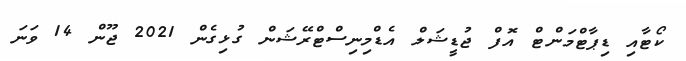
ކޯޓާއި ޑިޕާޓްމަންޓް އޮފް ޖުޑީޝަލް އެޑްމިނިސްޓްރޭޝަން ގުޅިގެން 2021 ޖޫން 14 ވަނަ